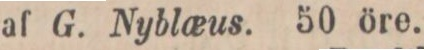
af G. Nyblœus. 50 öre.